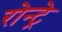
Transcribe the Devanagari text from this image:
रोन्ट्रे